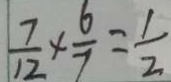
\frac { 7 } { 1 2 } \times \frac { 6 } { 7 } = \frac { 1 } { 2 }